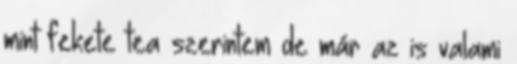
mint fekete tea szerintem de már az is valami